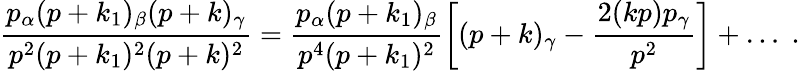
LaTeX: \frac{p_{\alpha}(p+k_{1})_{\beta}(p+k)_{\gamma}}{p^{2}(p+k_{1})^{2}(p+k)^{2}}=\frac{p_{\alpha}(p+k_{1})_{\beta}}{p^{4}(p+k_{1})^{2}}\left[(p+k)_{\gamma}-\frac{2(kp)p_{\gamma}}{p^{2}}\right]+\ldots\; .